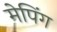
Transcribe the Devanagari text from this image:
मेपिंग